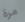
مرة